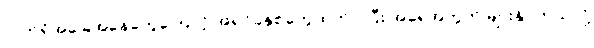
လက်ရှိအခြေအနေတွေကြောင့် အရင်ခုနှစ်တွေထက် ပိုပြီး အရေအတွက် များနိုင်တယ်လို့